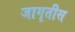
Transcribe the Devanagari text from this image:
जागृतीस